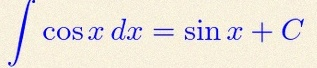
\int \cos x\,dx=\sin x+C